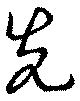
先